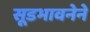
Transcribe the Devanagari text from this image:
सूडभावनेने